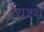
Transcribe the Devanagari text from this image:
व्यश्थ